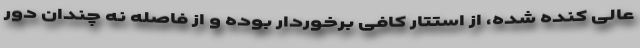
عالی کنده شده، از استتار کافی برخوردار بوده و از فاصله نه چندان دور